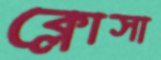
ক্লোসা